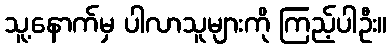
သူ့နောက်မှ ပါလာသူများကို ကြည့်ပါဦး။